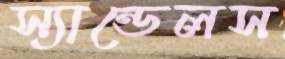
স্যান্ডেলস